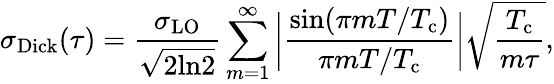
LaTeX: \sigma_{\mathrm{Dick}}(\tau)=\frac{\sigma_{\mathrm{LO}}}{\sqrt{2\mathrm{ln}2}}\sum_{m=1}^{\infty}\bigg|\frac{\mathrm{sin}(\pi mT/T_{\mathrm{c}})}{\pi mT/T_{\mathrm{c}}}\bigg|\sqrt{\frac{T_{\mathrm{c}}}{m\tau}},